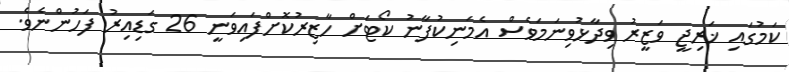
ކަމުގައި ޚަރިޖީ ވަޒީރު ވިދާޅުވިނަމަވެސް އެމަނިކުފާނު ކޯޓަށް ހާޒިރުކޮށްފައިވަނީ 26 ގަޑިއިރު ފަހުންނެވެ.